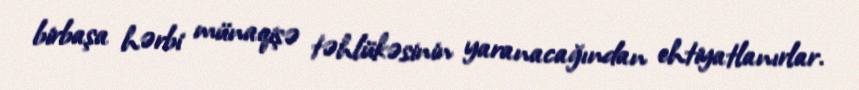
birbaşa hərbi münaqişə təhlükəsinin yaranacağından ehtiyatlanırlar.